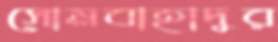
সোমবাহাদুর